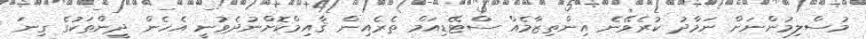
މުސްލިމުންނަށް ނަމާދު ކުރެވޭނެ އިންތިޒާމެއް ސްޓޭޑިއަމް ތެރެއިން ޤާއިމްކޮށްނުދެވުނީ އެހެން ދީންތަކުގެ ގިނަ